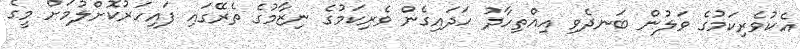
އެކުވެރިކަމުގެ ވަލުން ބަނދެވި އިއްތިހާދު ހަދައިގެން ވެރިކަމުގެ ނިޒާމުގެ ތެރޭގައި ފައިހަރުކޮށްލުމަށް މީގެ